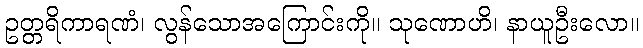
ဥတ္တရိကာရဏံ၊ လွန်သောအကြောင်းကို။ သုဏောဟိ၊ နာယူဦးလော။